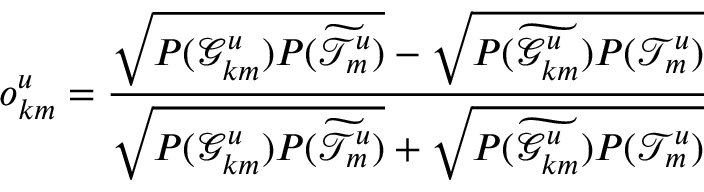
o _ { k m } ^ { u } = \frac { \sqrt { P ( \mathcal { G } _ { k m } ^ { u } ) P ( \widetilde { \mathcal { T } _ { m } ^ { u } } ) } - \sqrt { P ( \widetilde { \mathcal { G } _ { k m } ^ { u } } ) P ( \mathcal { T } _ { m } ^ { u } ) } } { \sqrt { P ( \mathcal { G } _ { k m } ^ { u } ) P ( \widetilde { \mathcal { T } _ { m } ^ { u } } ) } + \sqrt { P ( \widetilde { \mathcal { G } _ { k m } ^ { u } } ) P ( \mathcal { T } _ { m } ^ { u } ) } }